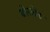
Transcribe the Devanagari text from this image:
बोरलेंड